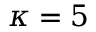
\kappa = 5